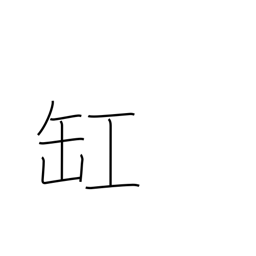
Meaning: urn